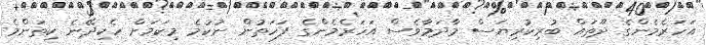
އަހަރެމެންގެ ދޫތައް ބުރިކުރިޔަސް މާދަމާވެސް އަހަރެމެންގެ ފަހަތުން ނުކުމެ މިކަމަށް ހެކިދޭނެ ކިތަންމެ